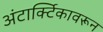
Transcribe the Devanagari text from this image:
अंटार्क्टिकावरून